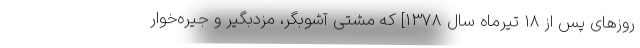
روزهاى پس از 18 تيرماه سال 1378] كه مشتى آشوبگر، مزدبگير و جيره‌خوار